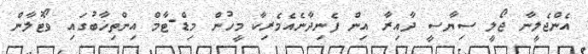
އެންޖެލީނާ ޖޯލީ ސިޔާސީ ދާއިރާ އިން ފެނިދާނެއެމެރިކާ މީހުން މިޑް-ޓާމް އިންތިޚާބުގައި ވޯޓުލާން